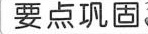
要点巩固